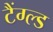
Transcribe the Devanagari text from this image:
टैंग्ल्ड